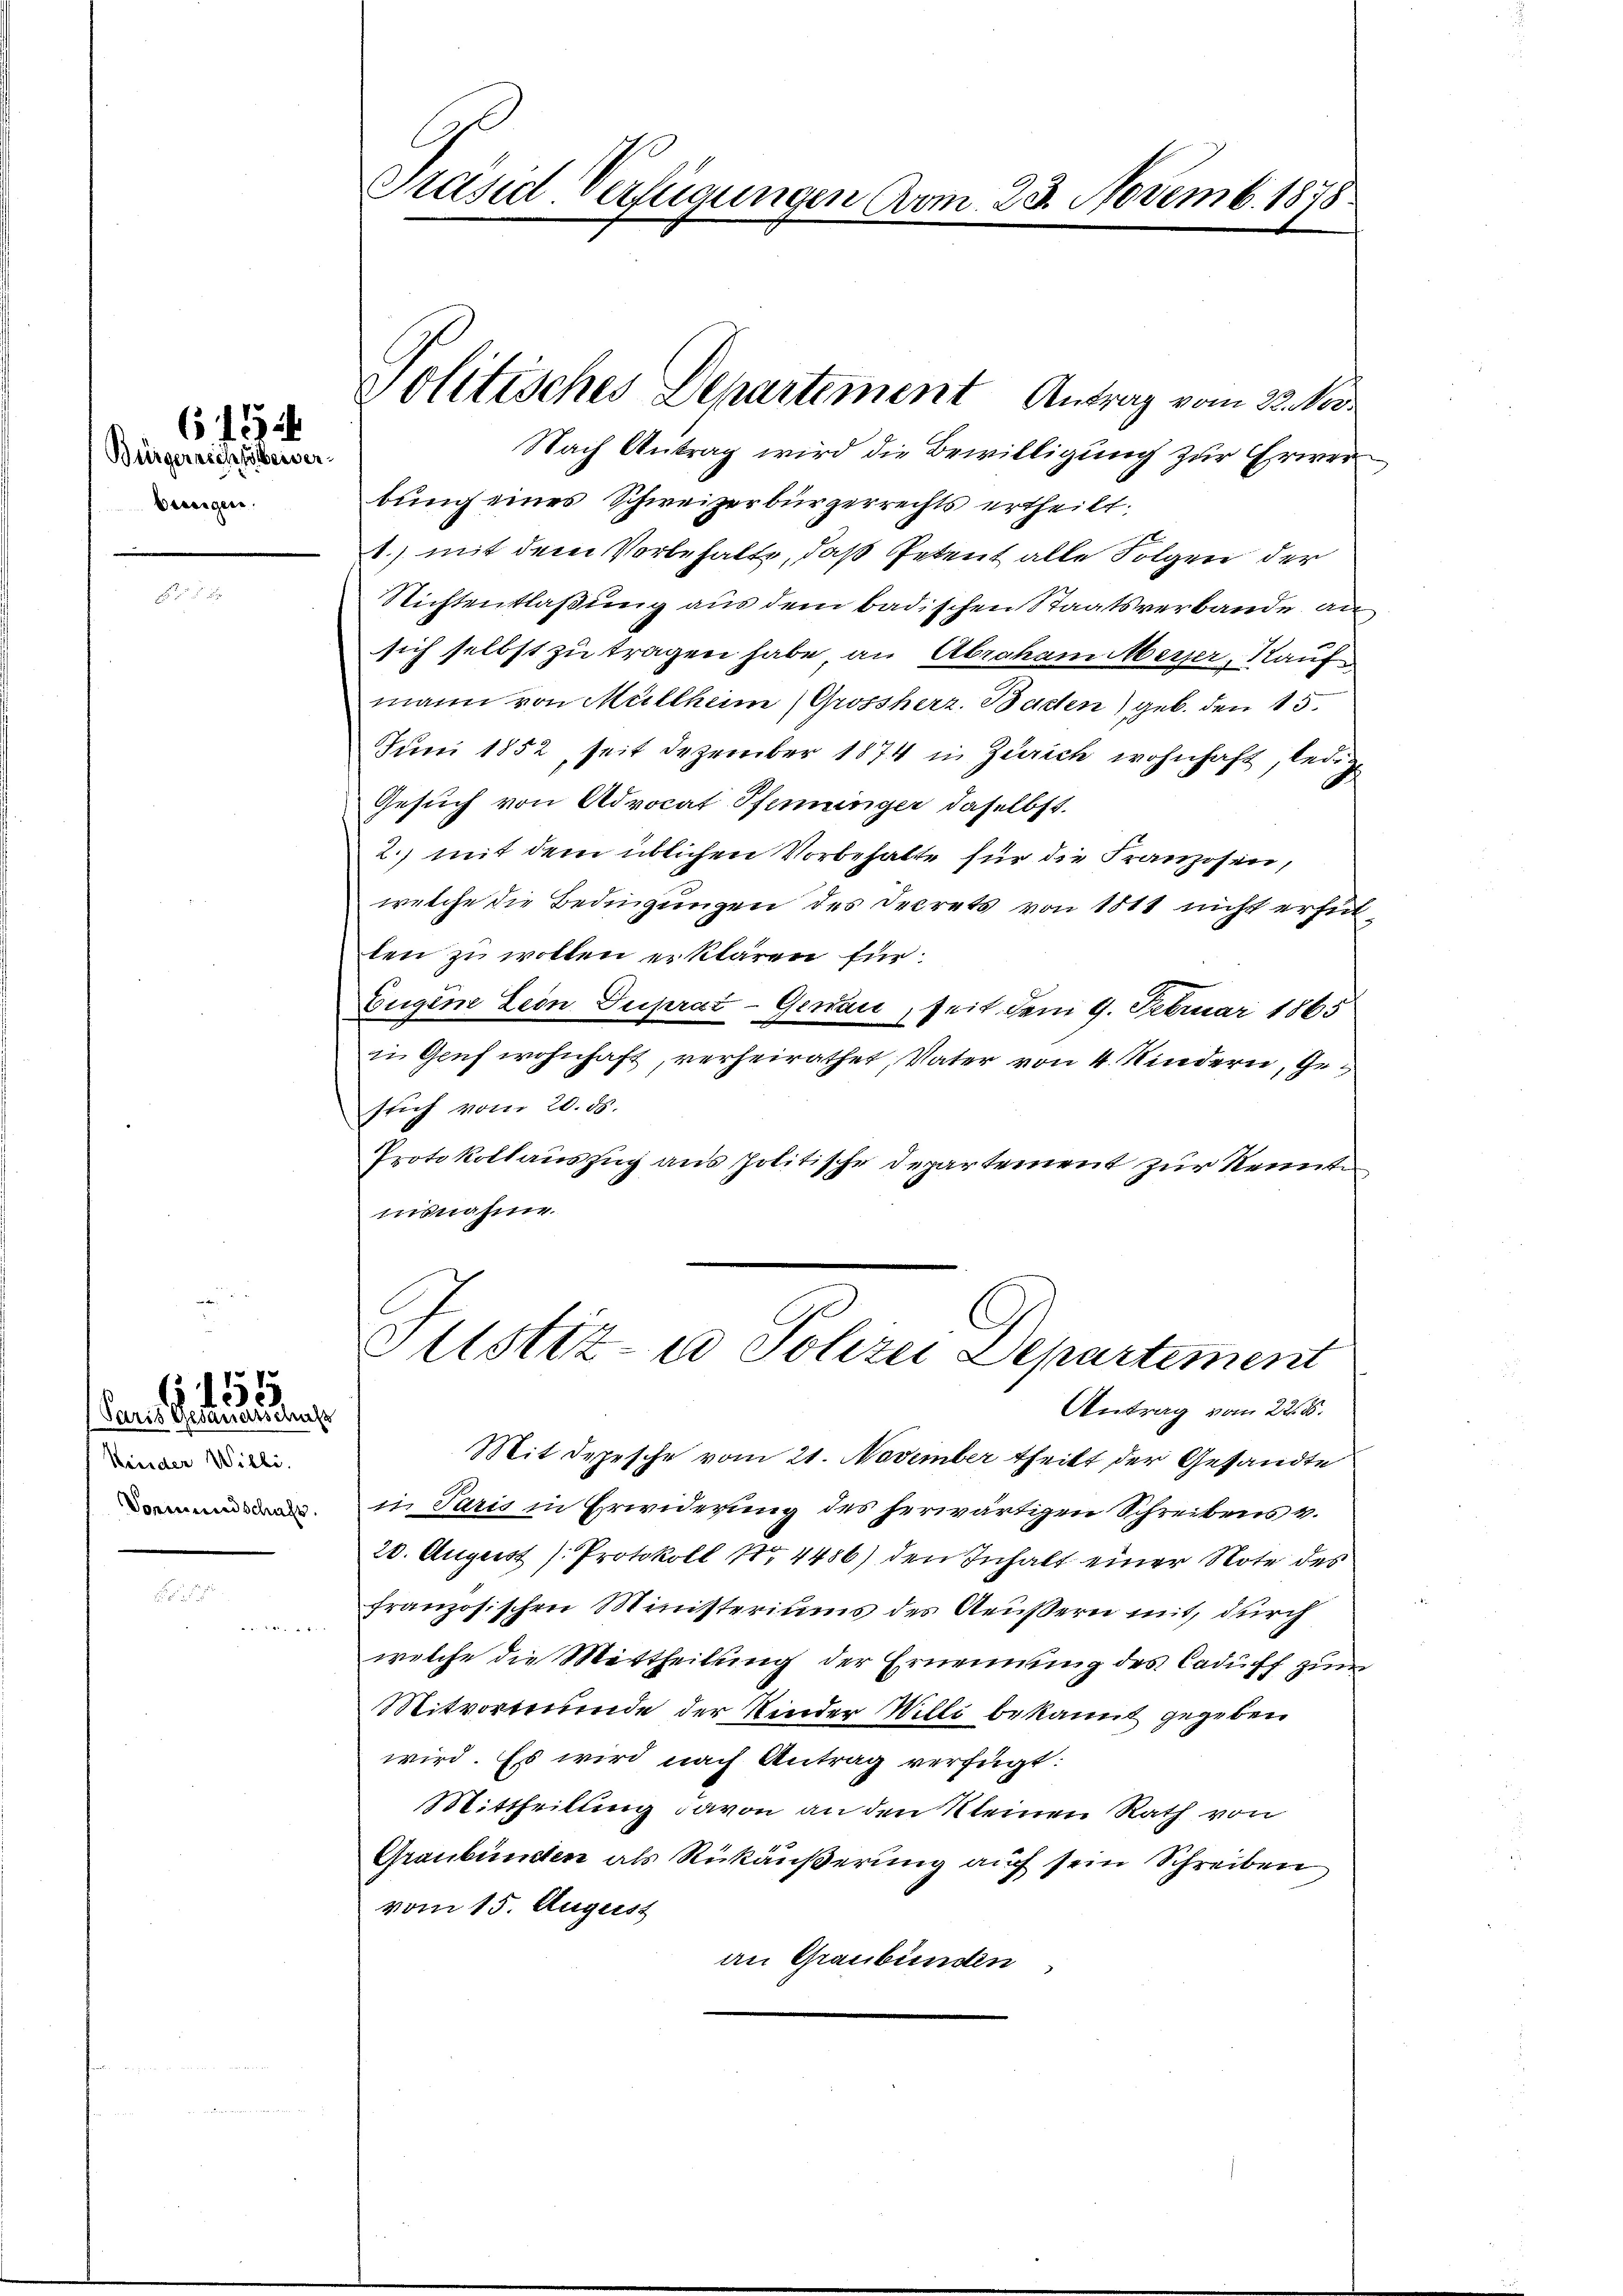
Bürgerrechtsbeiser
bierigen.

615

(Paris Gesandtschaft
Kinder Willi.
Vormundschaft.

1555.

Präsid-Verfügungen vom 23. Novemb. 1878.

Nach Antrag wird die Bewilligung zur Erwerbung eines Schweizerbürgerrechts ertheilt;
1.) mit dem Vorbehalte, daß Petent alle Folgen der
Nichtentlaßung aus dem badischen Staatsverbande, an
sich selbst zu tragen habe an Abraham Meyer, Kauf
mann von Müllheim (Grossherz. Bacten) geb. den 15.
Juni 1852, seit Dezember 1874 in Zürich wohnhaft, ledige
Gesuch von Advocat Pferunger daselbst.
2.) mit dem üblichen Vorbehalte für die Franzosen,
welche die Bedingungen des Decrets von 1811 nicht erfül
len zu wollen erklären für
Eugene Lein Duprat- Genau, seit dem 9. Februar 1865
in Graf wohnhaft, verheirathet, Vater von 4 Kindern, Gestich vom 20. ds.
Protokollauszug aus politische Departement zur Kennte
insnahme.
Justiz- u Polizei Departement
Antrag vom 228.
Mit Depesche vom 21. November theilt der Gesandte
in Paris in Erwiderung des herwärtigen Schreibens v.
20. August Protokoll No 4486) den Inhalt einer Note des
französischen Ministeriums des Aeußern mit, durch
welche die Mittheilung der Ernennung des Caduff zum
Mitvormunde der Kinder Willi bekannt gegeben
wird. Es wird nach Antrag verfügt:
Mittheilung davon an den Kleinen Rath von
Graubünden als Rückäußerung auf sein Schreiben
vom 15. August
an Graubünden

Politisches Departement Antrag vom 23. Nov.